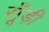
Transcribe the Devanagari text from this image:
सूँड़ी